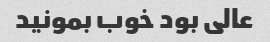
عالی بود خوب بمونید